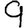
Digit: 9